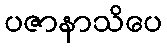
ပဇာနာသိပေ